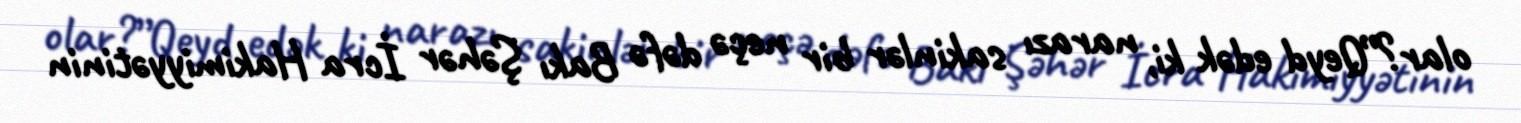
olar?”Qeyd edək ki, narazı sakinlər bir neçə dəfə Bakı Şəhər İcra Hakimiyyətinin